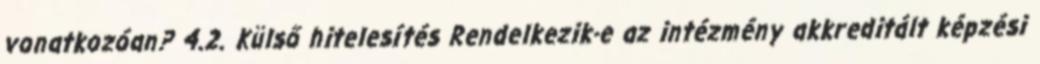
vonatkozóan? 4.2. Külső hitelesítés Rendelkezik-e az intézmény akkreditált képzési